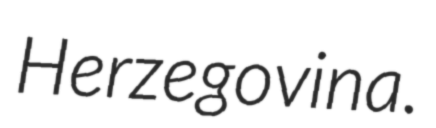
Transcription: Herzegovina.